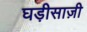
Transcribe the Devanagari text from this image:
घड़ीसाज़ी